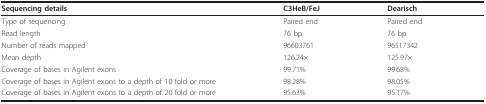
| Sequencing details | C3HeB/FeJ | Dearisch |
 | --- | --- | --- |
 | Type of sequencing | Paired end | Paired end |
 | Read length | 76 bp | 76 bp |
 | Number of reads mapped | 96603761 | 96517342 |
 | Mean depth | 126.24× | 125.97× |
 | Coverage of bases in Agilent exons | 99.71% | 99.68% |
 | Coverage of bases in Agilent exons to a depth of 10 fold or more | 98.28% | 98.05% |
 | Coverage of bases in Agilent exons to a depth of 20 fold or more | 95.63% | 95.17% |